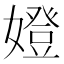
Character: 嬁